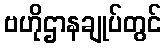
ဗဟိုဌာနချုပ်တွင်